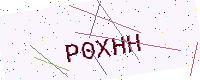
Text: P0XHH